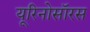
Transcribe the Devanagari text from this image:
यूरिनोसॉरस